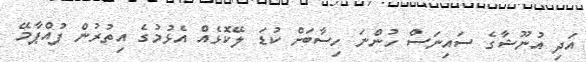
އަދި އުނޫޝާގެ ސައިނަސް ހުންނަ ހިސާބަށް ކުޑަ ލޭކޮޅެއް އެޅުމުގެ އިތުރުން ފުއްޕާމޭ